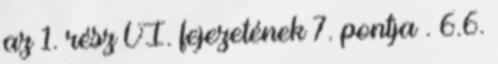
az 1. rész VI. fejezetének 7. pontja . 6.6.